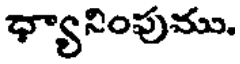
ధ్యానింపుము.